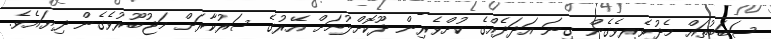
ސަބަބުތައް މެދުވެރިވެގެން ގިނަ އަދަދެއްގެ ކުށްވެރިން ދޫކޮށްލުމަށް އޭރުގެ ސަރުކާރަށް މަޖުބޫރުވެގެން ދިޔައެވެ.